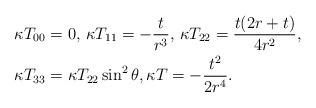
LaTeX: \begin{align*} & \kappa T_{00} = 0, \, \kappa T_{11} = -\frac{t}{r^3}, \, \kappa T_{22} = \frac{t (2 r+t)}{4 r^2}, \\& \kappa T_{33} = \kappa T_{22} \sin ^2 \theta, \kappa T = -\frac{t^2}{2 r^4}.\end{align*}